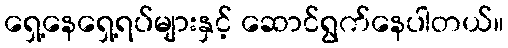
ရှေ့နေရှေ့ရပ်များနှင့် ဆောင်ရွက်နေပါတယ်။